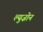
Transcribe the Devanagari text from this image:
ल्युज़ोन